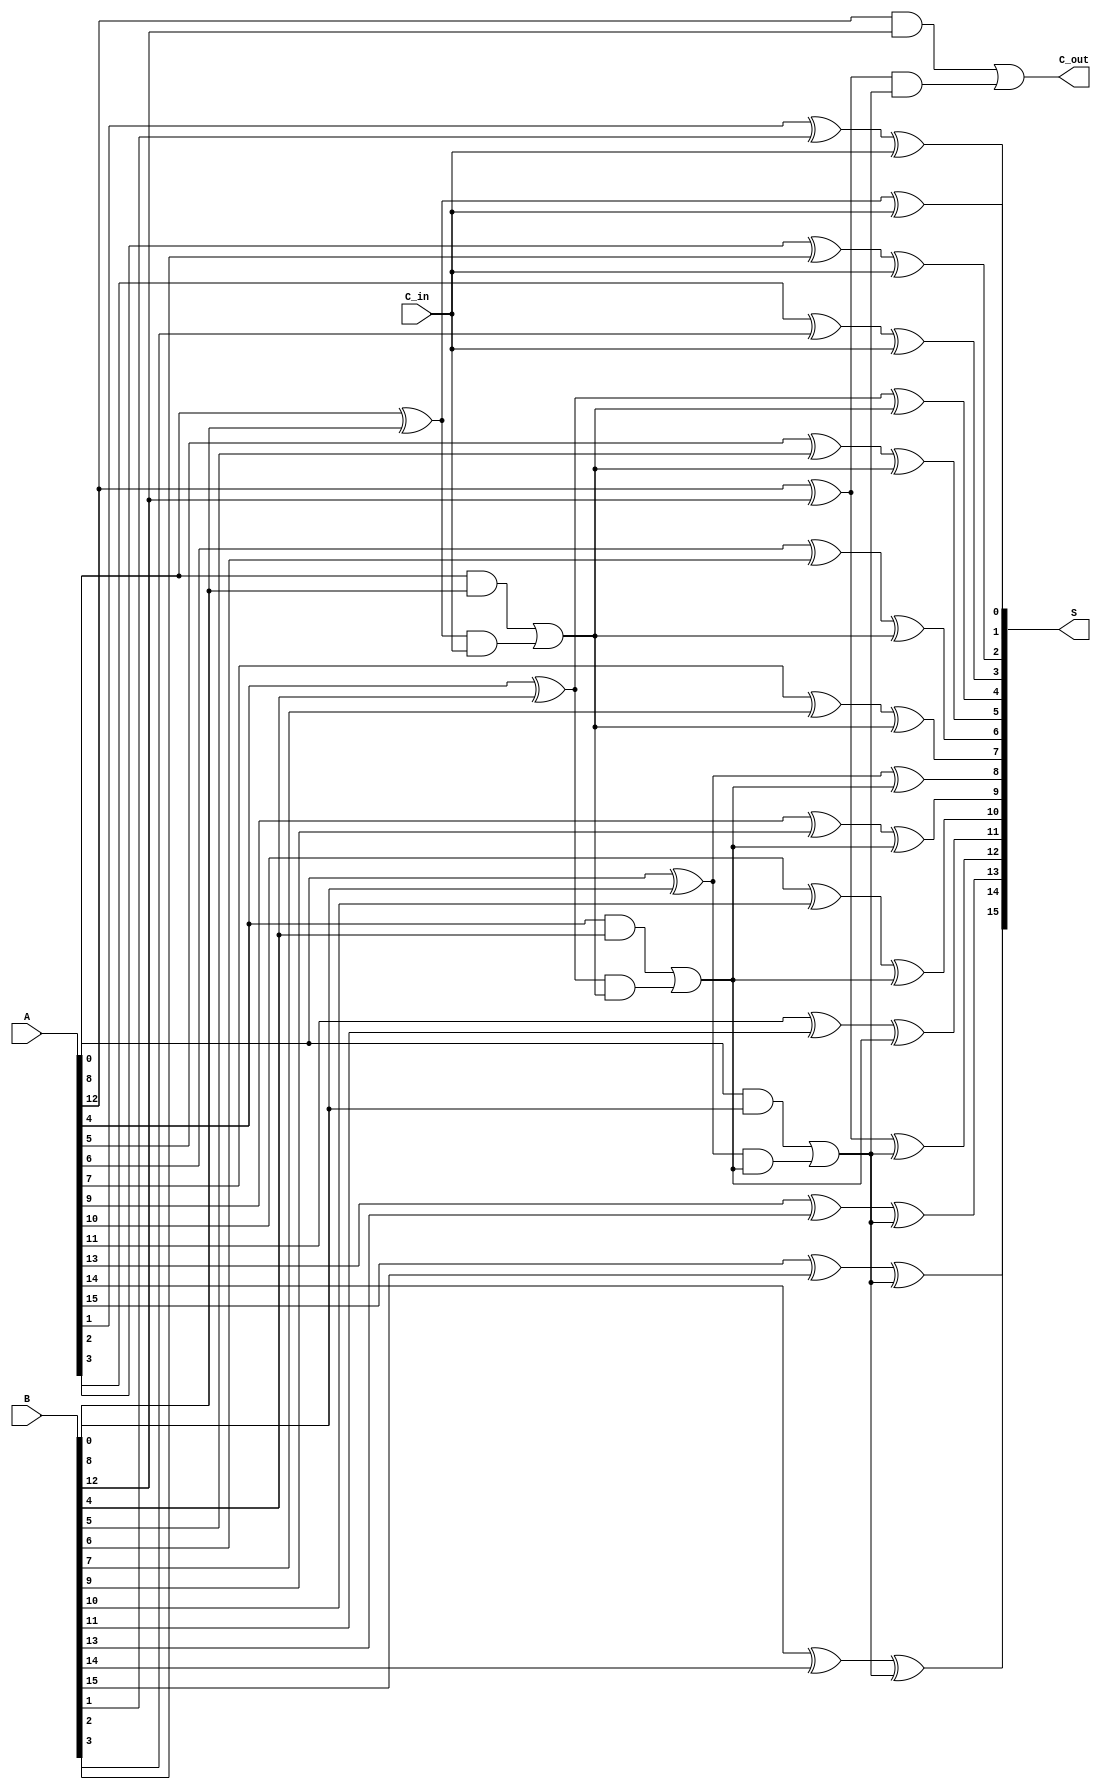
module hierarchical_carry_lookahead_adder #(
    parameter N = 16,  // Width of the adder (can be adjusted)
    parameter GROUP_SIZE = 4 // Number of bits in each group
)(
    input [N-1:0] A,        // First operand
    input [N-1:0] B,        // Second operand
    input C_in,             // Carry-in
    output [N-1:0] S,       // Sum output
    output C_out            // Carry-out
);

    // Intermediate generate and propagate signals
    wire [N-1:0] G; // Generate signals
    wire [N-1:0] P; // Propagate signals
    wire [N/GROUP_SIZE:0] C; // Carry signals for groups
    
    // Generate and propagate for each bit
    generate
        genvar i;
        for (i = 0; i < N; i = i + 1) begin: bit_level_cla
            assign G[i] = A[i] & B[i];           // Generate
            assign P[i] = A[i] ^ B[i];           // Propagate
        end
    endgenerate

    // Calculate group carries
    assign C[0] = C_in; // First group carry in

    generate
        genvar g;
        for (g = 0; g < N/GROUP_SIZE; g = g + 1) begin: group_level
            wire [GROUP_SIZE-1:0] G_group = G[g*GROUP_SIZE +: GROUP_SIZE];
            wire [GROUP_SIZE-1:0] P_group = P[g*GROUP_SIZE +: GROUP_SIZE];
            wire group_carry;

            // Carry-out logic for the group
            assign group_carry = G_group | (P_group & C[g]);

            assign C[g+1] = group_carry; // Carry-out to the next group
        end
    endgenerate

    // Sum calculation
    generate
        genvar j;
        for (j = 0; j < N; j = j + 1) begin: sum_calculation
            assign S[j] = P[j] ^ C[j/GROUP_SIZE]; // Sum: S = P XOR C
        end
    endgenerate

    // Final carry-out
    assign C_out = C[N/GROUP_SIZE];

endmodule